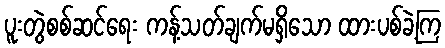
ပူးတွဲစစ်ဆင်ရေး ကန့်သတ်ချက်မရှိသော ထားပစ်ခဲ့ကြ